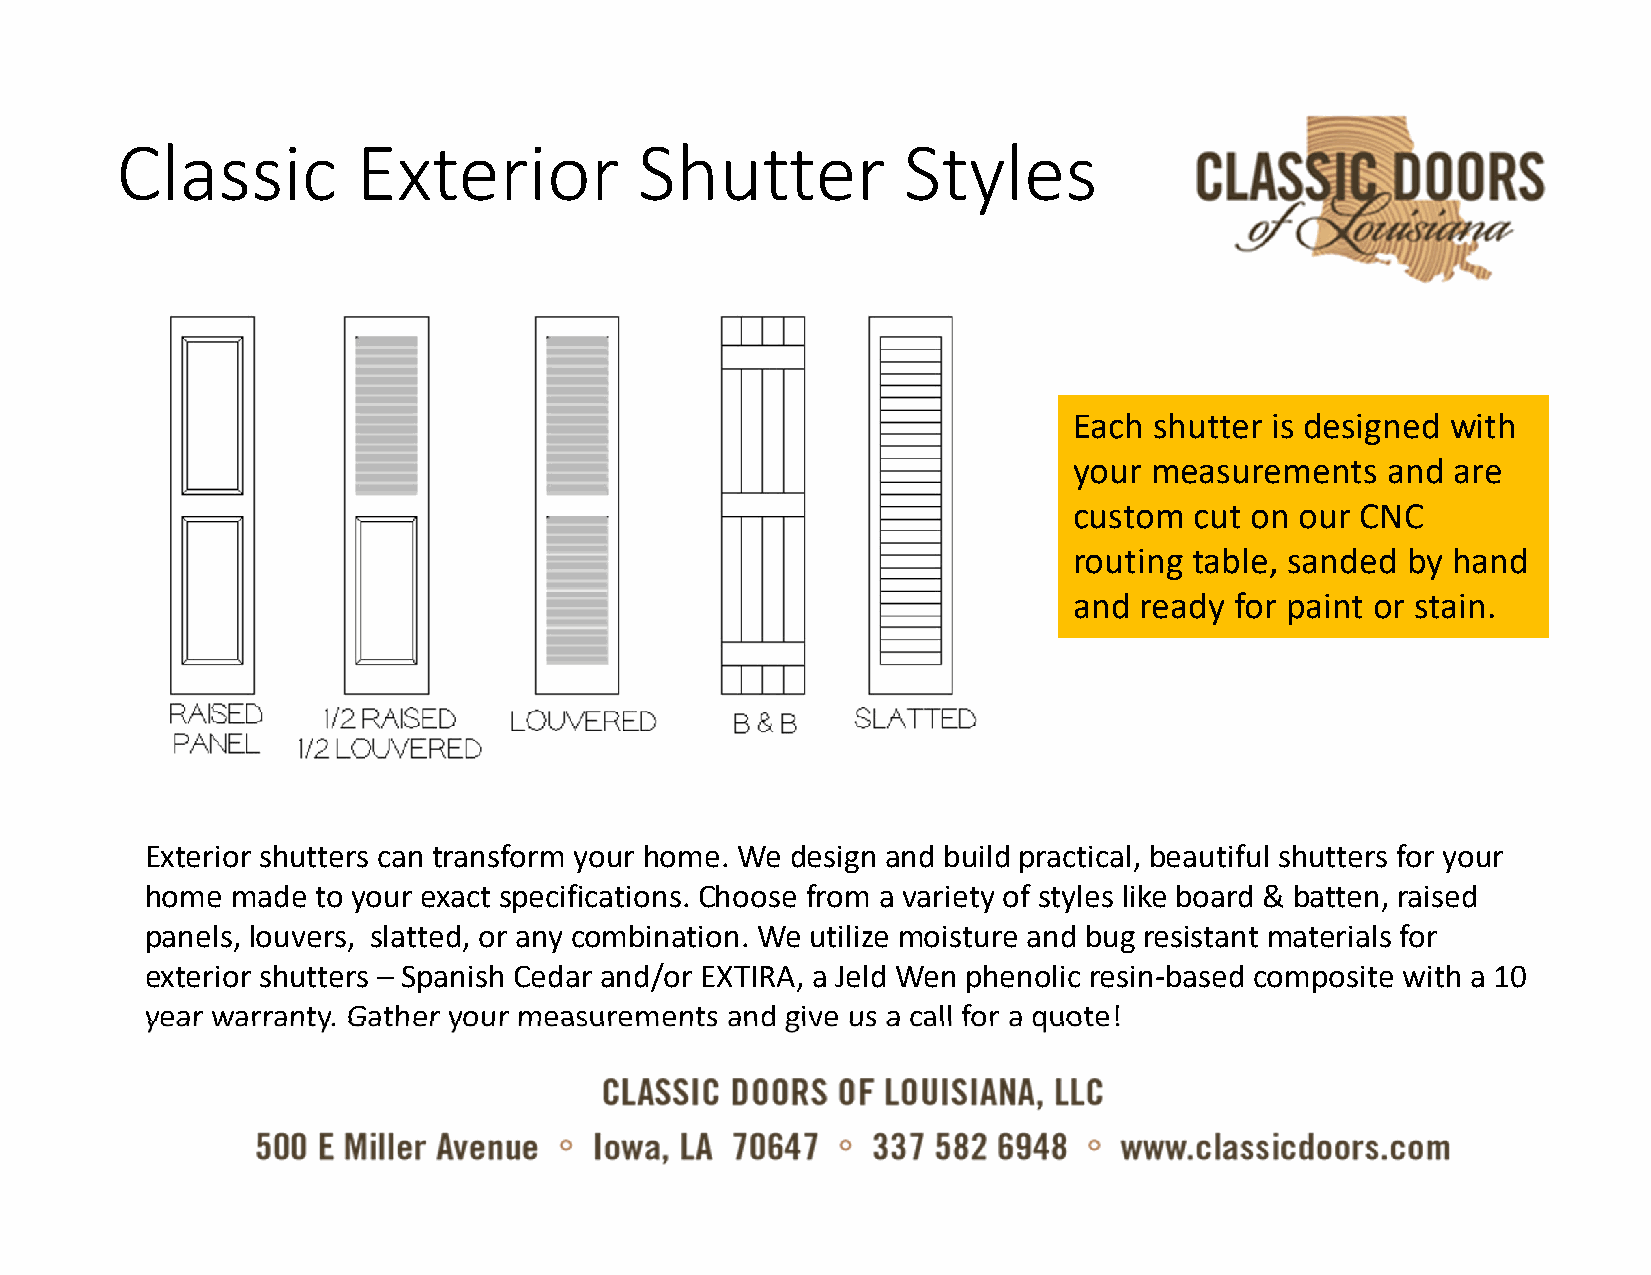
Classic         Exterior          Shutter           Styles
 Each shutter is designed with
 your measurements    and are
 custom  cut on our CNC
 routing table, sanded by hand
 and ready  for paint or stain.
 Exterior shutters can transform your home. We design and build practical, beautiful shutters for your
 home made  to your exact specifications. Choose from a variety of styles like board & batten, raised
 panels, louvers, slatted, or any combination. We utilize moisture and bug resistant materials for
 exterior shutters – Spanish Cedar and/or EXTIRA, a Jeld Wen phenolic resin‐based composite with a 10
 year warranty. Gather your measurements and give us a call for a quote!